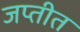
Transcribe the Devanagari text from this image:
जप्तीत